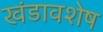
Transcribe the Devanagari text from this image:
खंडावशेष